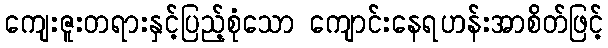
ကျေးဇူးတရားနှင့်ပြည့်စုံသော ကျောင်းနေရဟန်းအာစိတ်ဖြင့်